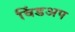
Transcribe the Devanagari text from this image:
विंडअप